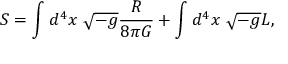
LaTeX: S = \int d ^ { 4 } x \ \sqrt { - g } { \frac { R } { 8 \pi G } } + \int d ^ { 4 } x \ \sqrt { - g } { \cal L } ,